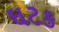
ઘટક